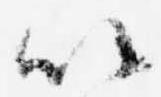
以